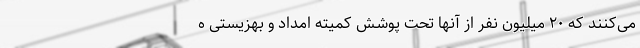
می‌کنند که ۲۰ میلیون نفر از آنها تحت پوشش کمیته امداد و بهزیستی ه